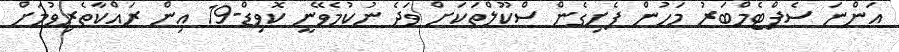
އަންނަ ސެޕްޓެމްބަރު މަހުން ފެށިގެން ސްކޫލްތަކަށް ވަދެ ނުކުމެވޭނީ ކޮވިޑް-19 އިން ރައްކާތެރިވުމަށް